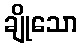
ချိုသော